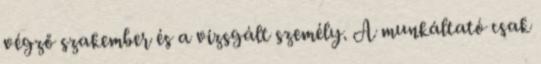
végző szakember és a vizsgált személy. A munkáltató csak